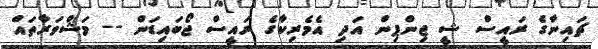
ޗައިނާގެ ރައީސް ޝީ ޖިންޕިން އަދި އެމެރިކާގެ ރައީސް ޖޯބައިޑަން -- މަޝްވަރާތައް